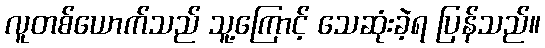
လူတစ်ယောက်သည် သူ့ကြောင့် သေဆုံးခဲ့ရ ပြန်သည်။